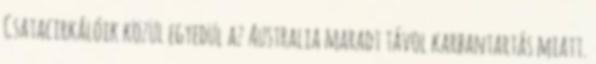
Csatacirkálóik közül egyedül az Australia maradt távol karbantartás miatt.